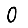
Digit: 0